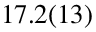
1 7 . 2 ( 1 3 )